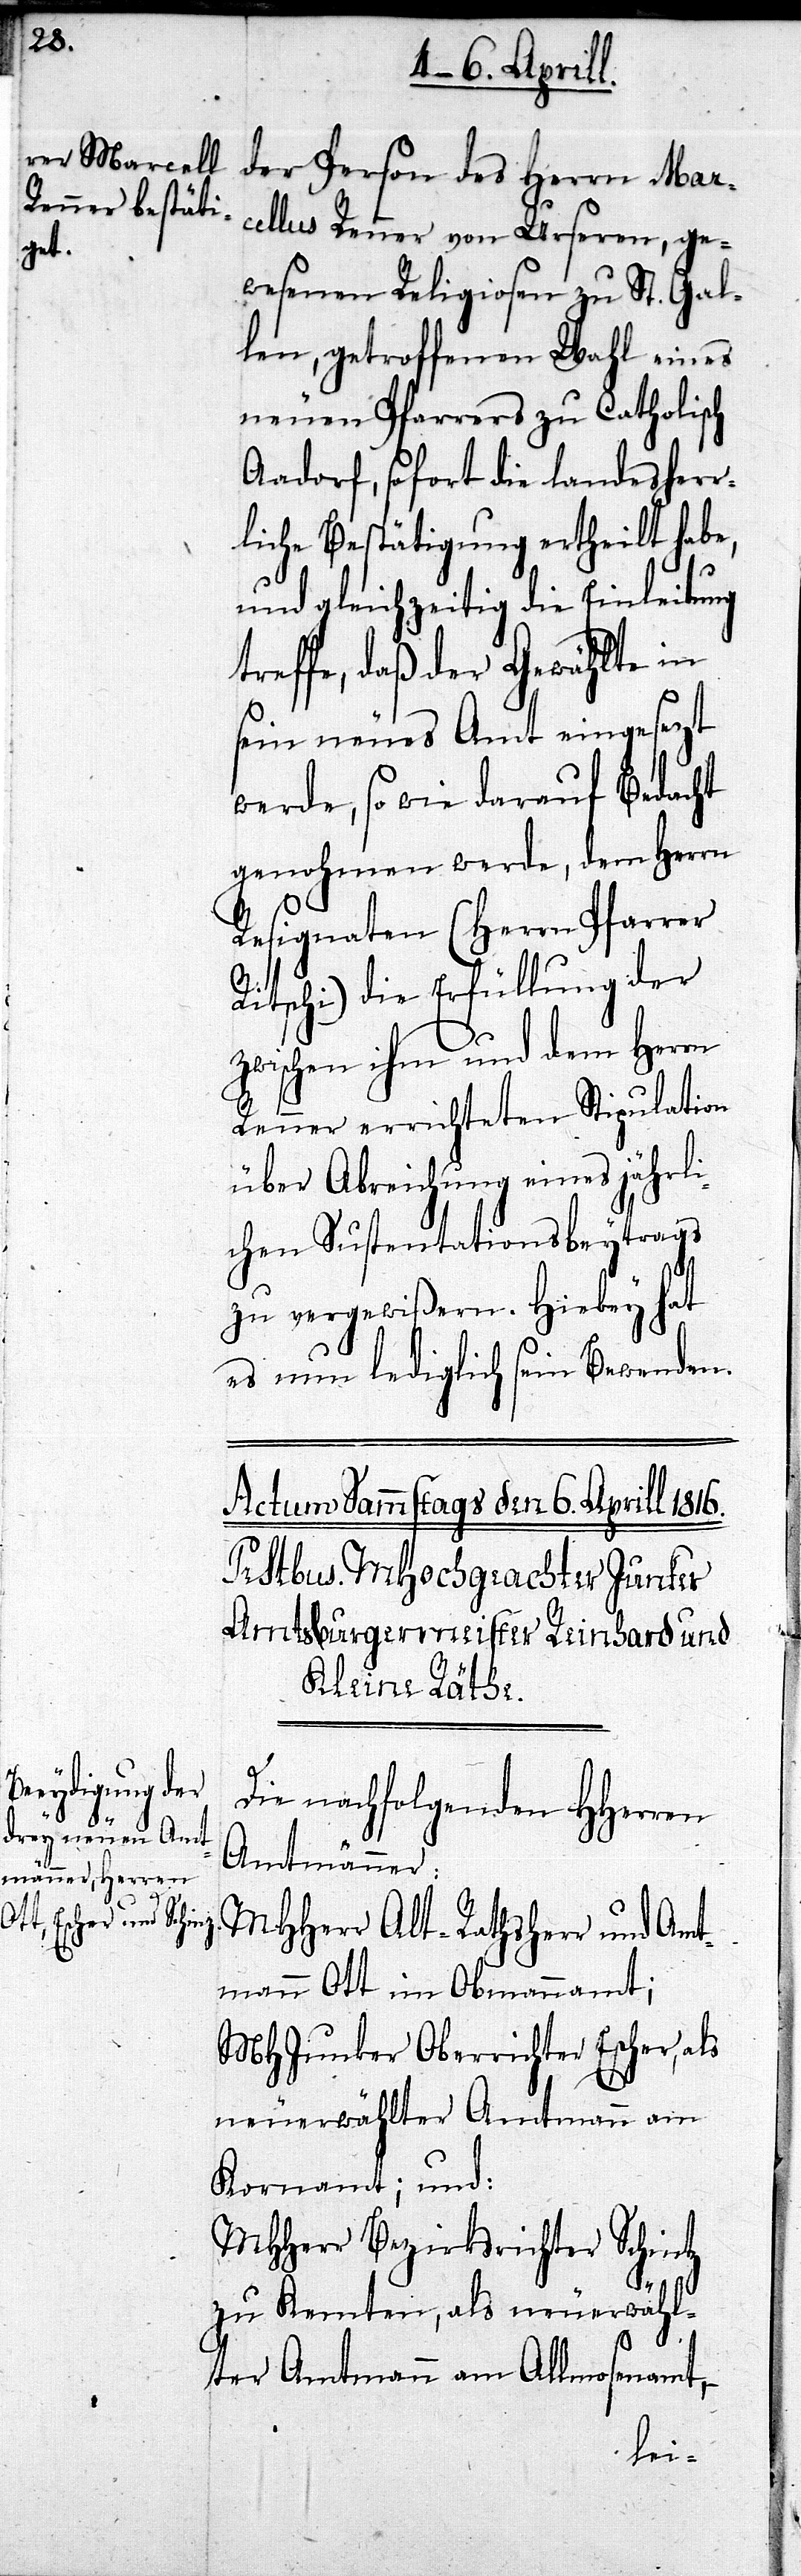
der Person der Herrn Marc¬
ellus Renner von Urseren, ge¬
wesenen Religiosen zu St. Gal¬
len, getroffenen Wahl eines
neuen Pfarrers zu Catholisch
Aadorf, sofort die landesherr¬
liche Bestätigung ertheilt habe,
und gleichzeitig die Einleitung
treffe, daß der Gewählte in
sein neues Amt eingesezt
werde, so wie darauf Bedacht
genohmen werde, dem Herrn
Resignaten (Herrn Pfarrer
Ritschi) die Erfüllung der
zwischen ihm und dem Herrn
Renner errichteten Stipulation
über Abreichung eines jährli¬
chen Sustentationsbeytrags
zu vergewißern. Hiebey hat
es nun lediglich sein Bewenden.
Die nachfolgenden HHerren
Amtmänner:
MHHerr Alt-Rathsherr und Amt¬
mann Ott im Obmannamt;
MHJunker Oberrichter Escher, als
neuerwählter Amtmann am
Kornamt; und:
MHHerr Bezirksrichter Schintz
zu Kenten, als neuerwähl¬
ter Amtmann am Allmosenamt,–